Indian journal of veterinary science and animal husbandry - Volume 14,
Year: 1944
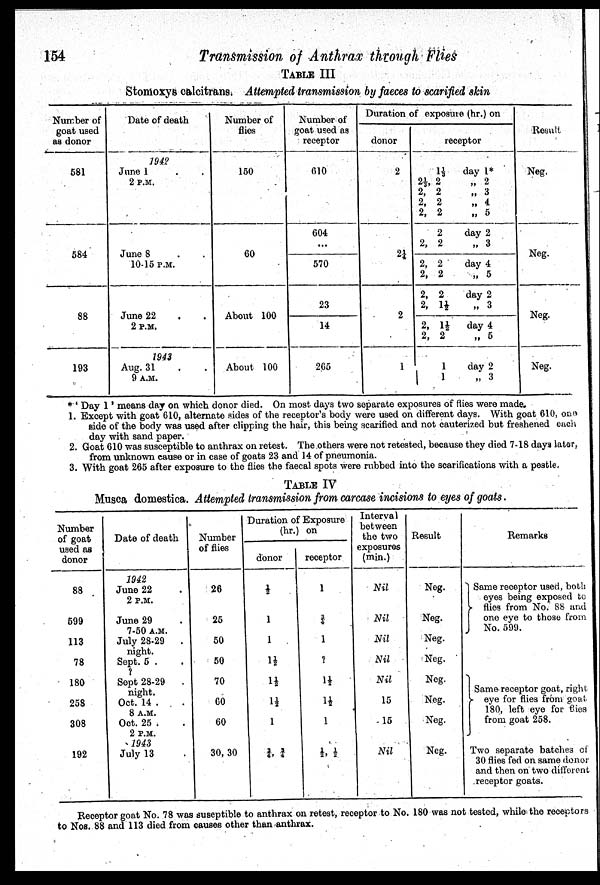
154
Transmission of Anthrax through Flies
TABLE III
Stomoxys calcitrans. Attempted transmission by faeces to scarified skin
Number of
goat used
as donor
581
584
88
193
Date of death
1942
June 1
2 P.M.
June 8
10-15 P.M.
June 22 . .
2 P.M.
1943
Aug. 31 . .
9 A.M.
Number of
flies
150
60
About 100
About 100
Number of
goat used as
receptor
610
604
...
570
23
14
265
Duration of exposure (hr.) on
donor
2
2 ¼
2
1
receptor
1 ⅓
2⅓, 2
2, 2
2, 2
2, 2
2
2, 2
2, 2
2, 2
2, 2
2, 1½
2, 1½
2, 2
1
1
day 1*
„ 2
„ 3
„ 4
„ 5
day 2
„ 3
day 4
„ 5
day 2
„ 3
day 4
„ 5
day 2
„ 3
Result
Neg.
Neg.
Neg.
Neg.
* 'Day 1' means day on which donor died. On most days two separate exposures of flies were made.
1. Except with goat 610, alternate sides of the receptor's body were used on different days. With goat 610, one
side of the body was used after clipping the hair, this being scarified and not cauterized but freshened each
day with sand paper.
2. Goat 610 was susceptible to anthrax on retest. The others were not retested, because they died 7-18 days later,
from unknown cause or in case of goats 23 and 14 of pneumonia.
3. With goat 265 after exposure to the flies the faecal spots were rubbed into the scarifications with a pestle.
TABLE IV
Musca domestica. Attempted transmission from carcase incisions to eyes of goats.
Number
of goat
used as
donor
88
599
113
78
180
258
308
192
Date of death
1942
June 22 .
2 P.M.
June 29 .
7-50 A.M.
July 28-29 .
night.
Sept. 5 . .
?
Sept 28-29 .
night.
Oct. 14 . .
8 A.M.
Oct. 25 . .
2 P.M.
1943
July 13 .
Number
of flies
26
25
50
50
70
60
60
30, 30
Duration of Exposure
(hr.) on
donor
½
1
1
1½
1½
1½
l
¾ , ¾
receptor
1
¾
1
?
1½
1½
1
½ , ½
Interval
between
the two
exposures
(min.)
Nil
Nil
Nil
Nil
Nil
15
15
Nil
Result
Neg.
Neg.
Neg.
Neg.
Neg.
Neg.
Neg.
Neg.
Remarks
Same receptor used, both
eyes being exposed to
flies from No. 88 and
one eye to those from
No. 599.
Same receptor goat, right
eye for flies from goat
180, left eye for files
from goat 258.
Two separate batches of
30 flies fed on same donor
and then on two different
receptor goats.
Receptor goat No. 78 was suseptible to anthrax on retest, receptor to No. 180 was not tested, while the receptors
to NOS. 88 and 113 died from causes other than anthrax.